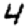
Digit: 4